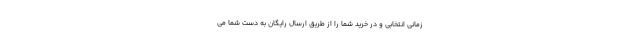
زمانی انتخابی و در خرید شما را از طریق ارسال رایگان به دست شما می